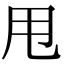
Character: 甩